Vaccination in Burma 1920-1933 - 1920-1933
Year: 1920
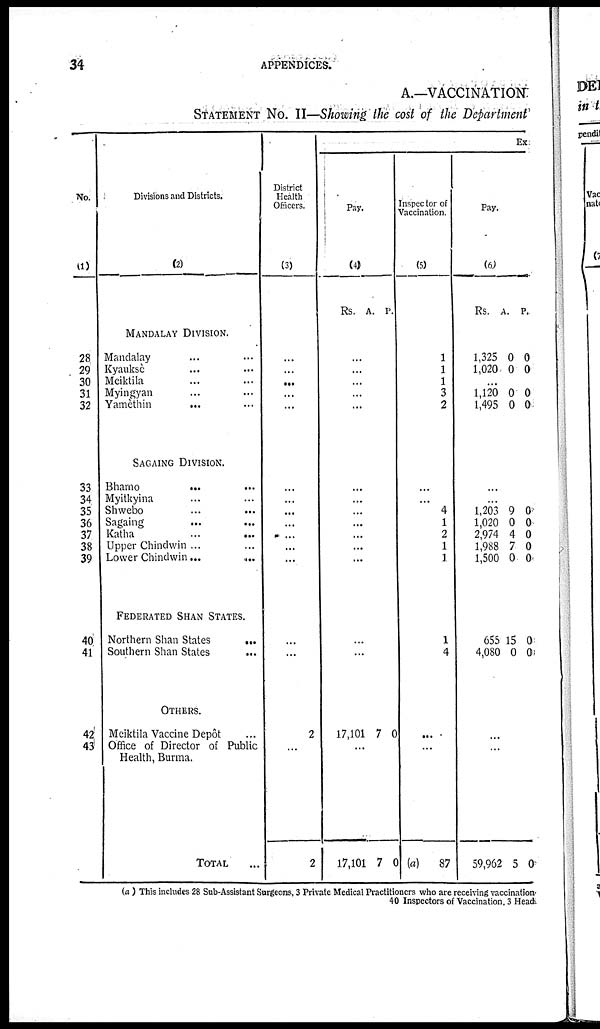
34
APPENDICES.
A.—VACCINATION
STATEMENT No. II—Showing the cost of the Department
No.
(1)
28
29
30
31
32
33
34
35
36
37
38
39
40
41
42
43
Divisions and Districts.
(2)
MANDALAY DIVISION.
Mandalay... ...
Kyaukse... ...
Meiktila... ...
Myingyan... ...
Yamèthin... ...
SAGAING DIVISION.
Bhamo... ...
Myitkyina... ...
Shwebo
...
...
Sagaing... ...
Katha... ...
Upper Chindwin ...
Lower Chindwin...
...
FEDERATED SHAN STATES.
Northern Shan States ... ...
Southern Shan States... ...
OTHERS.
Meiktila Vaccine Depôt ...
Office of Director of Public
Health, Burma.
TOTAL...
District
Health
Officers.
(3)
...
...
...
...
...
...
...
...
...
...
...
...
...
...
2
...
2
Ex
Pay.
(4)
Rs. A. P.
...
...
...
...
...
...
...
...
...
...
...
...
...
...
17,101 7 0
...
17,101 7 0
Inspector of
Vaccination.
(5)
1
1
1
3
2
...
...
4
1
2
1
1
1
4
...
...
(a) 87
Pay.
(6)
Rs.
1,325
1,020
A.
0
0
P.
0
0
...
1,120
1,495
0
0
0
0
...
...
1,203
1,020
2,974
1,988
1,500
9
0
4
7
0
0
0
0
0
0
655
4,080
15
0
0
0
...
...
59,962 5 0
(a ) This includes 28 Sub-Assistant Surgeons, 3 Private Medical Practitioners who are receiving vaccination
40 Inspectors of Vaccination 3 Head.